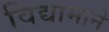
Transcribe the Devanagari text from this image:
विद्यामाने